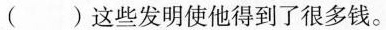
() 这些发明使他得到了很多钱。